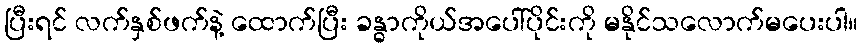
ပြီးရင် လက်နှစ်ဖက်နဲ့ ထောက်ပြီး ခန္ဓာကိုယ်အပေါ်ပိုင်းကို မနိုင်သလောက်မပေးပါ။